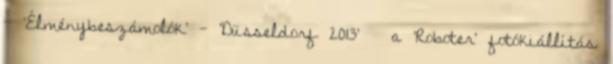
- 'Élménybeszámolók' - 'Düsseldorf 2013' » a 'Roboter' fotókiállítás